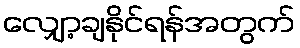
လျှော့ချနိုင်ရန်အတွက်